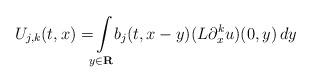
LaTeX: \begin{align*} U _ { j , k } ( t , x ) = \! \! \int \limits _ { y \in \mathbf R } \! \! b _ j ( t , x - y ) ( L \partial ^ k _ x u ) ( 0 , y ) \, d y\end{align*}